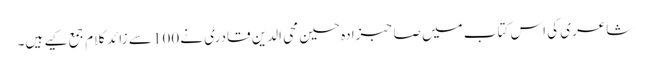
شاعری کی اس کتاب میں صاحبزادہ حسین محی الدین قادری نے 100 سے زائد کلام جمع کیے ہیں۔